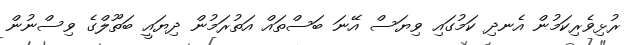
ރުޅިވެރިކަމުން އެނދި ކަމުގައި ވިޔަސް އޭނަ ބަސްތައް އަތުރަމުން ދިޔައީ ބަތޫލްގެ ވިސްނުން